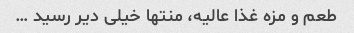
طعم و مزه غذا عالیه، منتها خیلی دیر رسید …